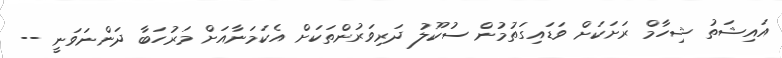
އައިޝަތު ޝިހާމް ރަށަކަށް ވަޑައިގަތުމުން ސުކޫލު ދަރިވަރުންތަކަށް އެކަމަނާއަށް މަރުހަބާ ދަންނަވަނީ --